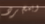
وبمجرد